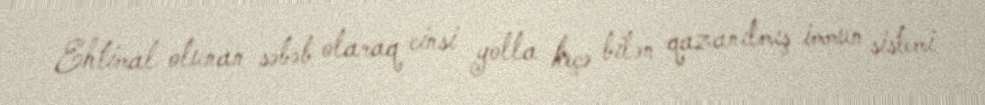
Ehtimal olunan səbəb olaraq cinsi yolla keçə bilən qazanılmış immun sistemi